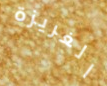
الغريزة